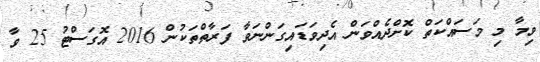
ވިމާ މި މަސައްކަތް ކޮށްދެއްވަން އެދިވަޑައިގަންނަވާ ފަރާތްތަކުން 2016 އޮގަސްޓު 25 ވާ